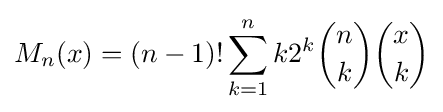
M_{n}(x)=(n-1)!\sum _{k=1}^{n}k2^{k}{\binom {n}{k}}{\binom {x}{k}}